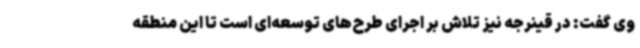
وی گفت: در قینرجه نیز تلاش بر اجرای طرح‌های توسعه‌ای است تا این منطقه